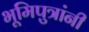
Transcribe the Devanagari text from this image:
भूमिपुत्रांनी